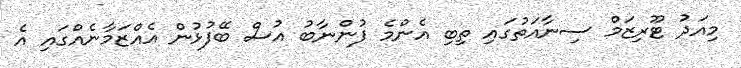
މިއަދު ޓޫރިޒަމް ސިނާއަތުގައި ތިބި އެންމެ ފުންނާބު އުސް ބޭފުޅުން އެއްޒަމާނެއްގައި އެ